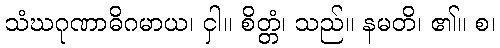
သံဃဂုဏာဓိဂမာယ၊ ငှါ။ စိတ္တံ၊ သည်။ နမတိ၊ ၏။ စ၊